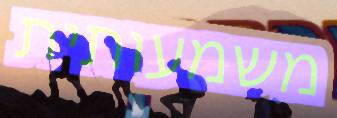
משמעותית